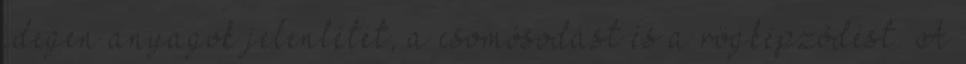
idegen anyagok jelenlétét, a csomósodást és a rögképzõdést. A